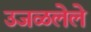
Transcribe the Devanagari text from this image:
उजळलेले